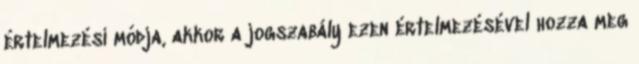
értelmezési módja, akkor a jogszabály ezen értelmezésével hozza meg